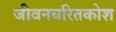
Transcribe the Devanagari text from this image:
जीवनचरितकोश